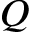
Q